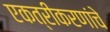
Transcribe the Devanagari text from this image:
एकत्रीकरणांचे